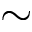
\sim